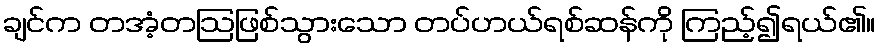
ချင်က တအံ့တဩဖြစ်သွားသော တပ်ဟယ်ရစ်ဆန်ကို ကြည့်၍ရယ်၏။